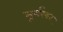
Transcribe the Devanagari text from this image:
सूर्यस्वर